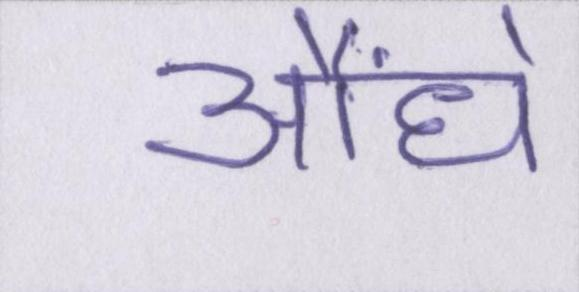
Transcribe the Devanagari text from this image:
औंधे